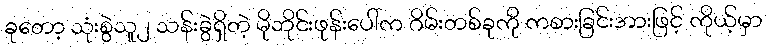
ခုတော့ သုံးစွဲသူ၂ သန်းခွဲရှိတဲ့ မိုဘိုင်းဖုန်းပေါ်က ဂိမ်းတစ်ခုကို ကစားခြင်းအားဖြင့် ကိုယ့်မှာ